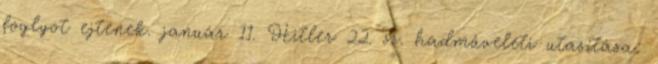
foglyot ejtenek. január 11. Hitler 22. sz. hadmûveleti utasítása: